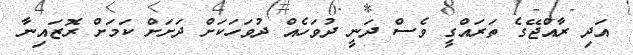
އަދި ރާއްޖޭގެ ތަރައްގީ ވެސް ދަނީ ދުވަހެއް ދުވަހަކަށް ދަށަށް ކަމަށް ރޮޒައިނާ